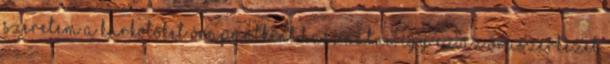
Szeretem a karkötőket órapántként használni, így ez az óraszerkezet